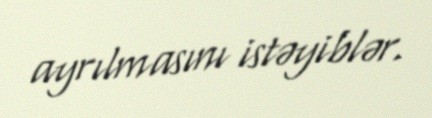
ayrılmasını istəyiblər.